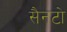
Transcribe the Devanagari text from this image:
सैनटो